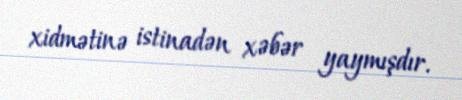
xidmətinə istinadən xəbər yaymışdır.